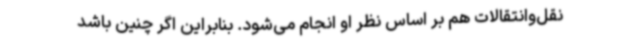
نقل‌وانتقالات هم بر اساس نظر او انجام می‌شود. بنابراین اگر چنین باشد